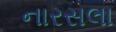
નારસલા